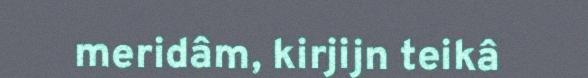
meridâm, kirjijn teikâ